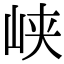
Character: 峡